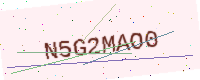
Text: N5G2MAO0